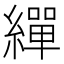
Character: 繟